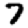
Digit: 7